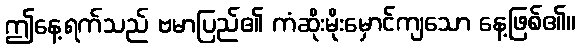
ဤနေ့ရက်သည် ဗမာပြည်၏ ကံဆိုးမိုးမှောင်ကျသော နေ့ဖြစ်၏။